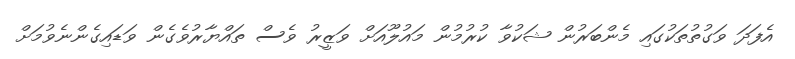
އެފަދަ ވަގުތުތަކުގައި މެންބަރުން ޝަކުވާ ކުރުމުން މައުލޫއަށް ވަޒީރު ވެސް ތައްޔާރުވެގެން ވަޑައިގެންނެވުމަށް